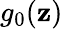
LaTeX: g_{0}(\mathbf{z})